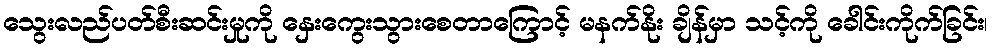
သွေးလည်ပတ်စီးဆင်းမှုကို နှေးကွေးသွားစေတာကြောင့် မနက်နိုး ချိန်မှာ သင့်ကို ခေါင်းကိုက်ခြင်း၊